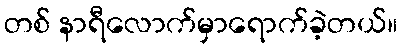
တစ် နာရီလောက်မှာရောက်ခဲ့တယ်။